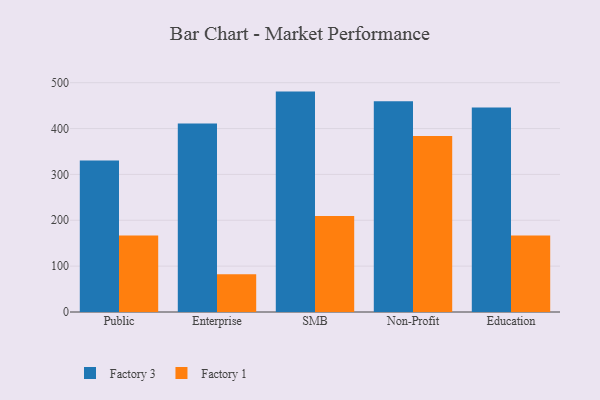
{"axis": {"x": "Segment", "y": "Waste Production (Tons)"}, "legend": ["Factory 1", "Factory 3"], "data": [{"x": "Public", "y": 330.6, "type": "Factory 3"}, {"x": "Public", "y": 166.9, "type": "Factory 1"}, {"x": "Enterprise", "y": 411.0, "type": "Factory 3"}, {"x": "Enterprise", "y": 82.5, "type": "Factory 1"}, {"x": "SMB", "y": 480.6, "type": "Factory 3"}, {"x": "SMB", "y": 209.6, "type": "Factory 1"}, {"x": "Non-Profit", "y": 459.3, "type": "Factory 3"}, {"x": "Non-Profit", "y": 383.9, "type": "Factory 1"}, {"x": "Education", "y": 445.8, "type": "Factory 3"}, {"x": "Education", "y": 166.9, "type": "Factory 1"}]}